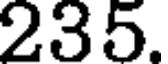
235.